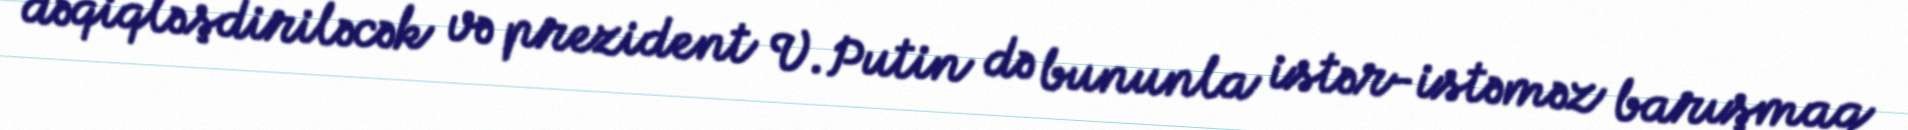
dəqiqləşdiriləcək və prezident V.Putin də bununla istər-istəməz barışmaq